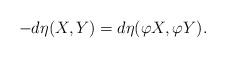
LaTeX: \begin{align*}-d\eta(X,Y)=d\eta(\varphi X, \varphi Y).\end{align*}